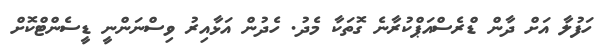
ހަފުލާ އަށް ދާން ޑްރެސްއަޕްކުރާނެ ގޮތަކާ މެދު. ހެދުން އަޅާއިރު ވިސްނަންނީ ޑީސެންޓްކޮށް